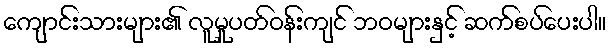
ကျောင်းသားများ၏ လူမှုပတ်ဝန်းကျင် ဘဝများနှင့် ဆက်စပ်ပေးပါ။